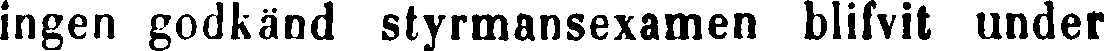
ingen godkänd styrmansexamen blifvit under